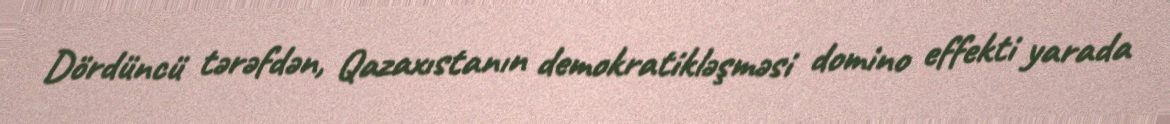
Dördüncü tərəfdən, Qazaxıstanın demokratikləşməsi domino effekti yarada